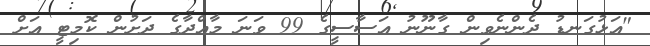
"އަޅުގަނޑު ދެންނެވިން ގާނޫނު އަސާސީގެ 99 ވަނަ މާއްދާގެ ދަށުން ކޮމިޓީ އަށް